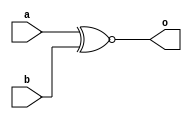
module xor_gate(o,a,b);
    input a,b;
    output o;
    //xnor o1(o,a,b);
    assign o = a ~^ b;
endmodule